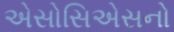
એસોસિએસનો